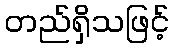
တည်ရှိသဖြင့်